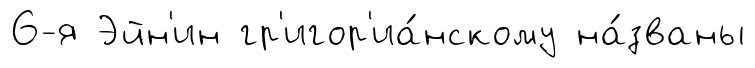
6-я Эйн'ин гр'игор'иа́нскому на́званы